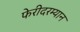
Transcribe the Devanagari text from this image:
फेरीदरम्यान